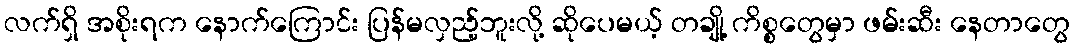
လက်ရှိ အစိုးရက နောက်ကြောင်း ပြန်မလှည့်ဘူးလို့ ဆိုပေမယ့် တချို့ ကိစ္စတွေမှာ ဖမ်းဆီး နေတာတွေ